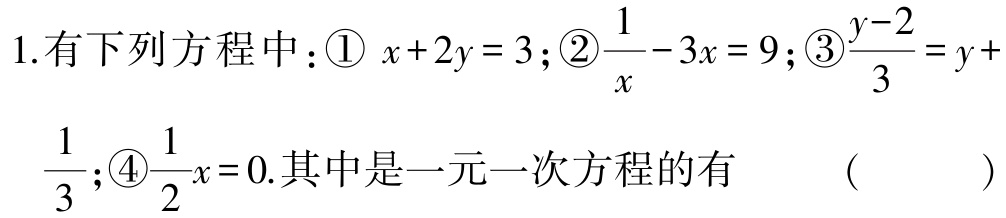
1.有下列方程中：\textcircled{1} \(x + 2y = 3\)；\textcircled{2}\(\frac{1}{x}-3x = 9\)；\textcircled{3}\(\frac{y - 2}{3}=y +\)

\(\frac{1}{3}\)；\textcircled{4}\(\frac{1}{2}x = 0\).其中是一元一次方程的有  (   )